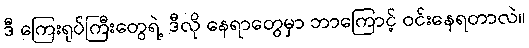
ဒီ ကြေးရုပ်ကြီးတွေရဲ့ ဒီလို နေရာတွေမှာ ဘာကြောင့် ဝင်းနေရတာလဲ။